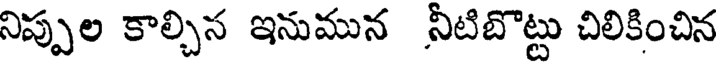
నిప్పుల కాల్చిన ఇనుమున నీటిబొట్టు చిలికించిన